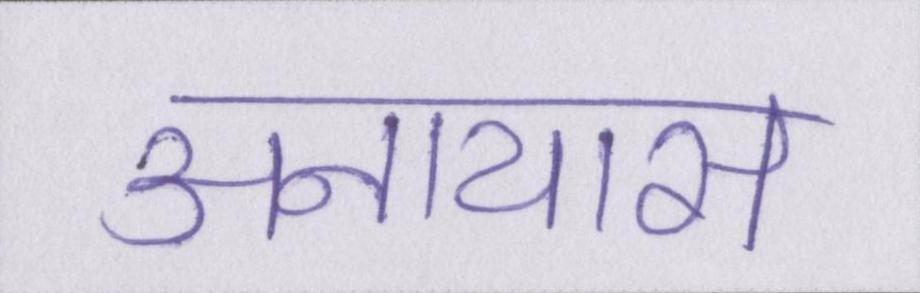
अनायास